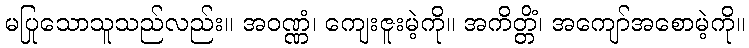
မပြုသောသူသည်လည်း။ အဝဏ္ဏံ၊ ကျေးဇူးမဲ့ကို။ အကိတ္တိံ၊ အကျော်အစောမဲ့ကို။